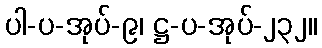
ပါ-ပ-အုပ်-၉၊ ဋ္ဌ-ပ-အုပ်-၂၃၂။